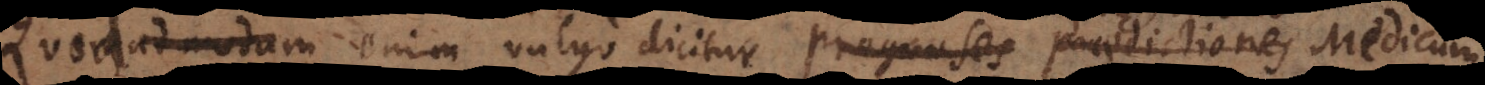
Quod enim vulgo dicitur, prognoses praedictiones Medicum